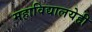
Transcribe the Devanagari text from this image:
महाविद्यालयेही